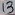
Text: 13